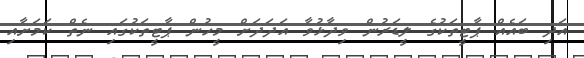
އަދި ބައެއް ޕާޓީތަކުގެ ލީޑަރުން ވިދާޅުވާ އަދަދަށް މީހުން ޕާޓީތަކުގައި ނެތް ކަމަށާއި